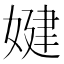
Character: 𡞹